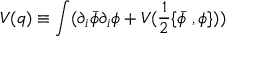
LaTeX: { \cal V } ( q ) \equiv \int ( \partial _ { i } \bar { \phi } \partial _ { i } \phi + V ( \frac 1 2 \{ \bar { \phi } \ , \phi \} ) )